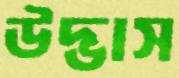
উদ্ভাস